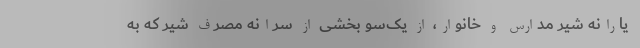
یارانه شیر مدارس و خانوار، از یک‌سو بخشی از سرانه مصرف شیر که به